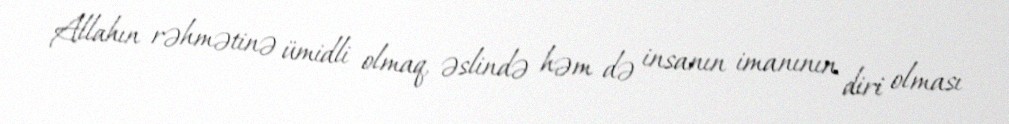
Allahın rəhmətinə ümidli olmaq, əslində həm də insanın imanının diri olması